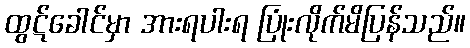
ထွဋ်ခေါင်မှာ အားရပါးရ ပြုံးလိုက်မိပြန်သည်။